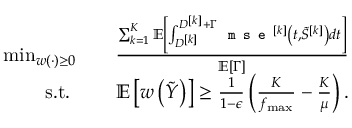
\begin{array} { r l } { \operatorname* { m i n } _ { w ( \cdot ) \geq 0 } } & { \quad \frac { \sum _ { k = 1 } ^ { K } { \mathbb { E } } \left[ \int _ { D ^ { [ k ] } } ^ { D ^ { [ k ] } + \Gamma } \texttt { m s e } ^ { [ k ] } \left( t , \tilde { S } ^ { [ k ] } \right) d t \right] } { \mathbb { E } \left[ \Gamma \right] } } \\ { \mathrm { s . t . ~ } } & { \quad { \mathbb { E } } \left[ w \left( \tilde { Y } \right) \right] \geq \frac { 1 } { 1 - \epsilon } \left( \frac { K } { f _ { \operatorname* { m a x } } } - \frac { K } { \mu } \right) . } \end{array}